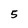
Character: 5